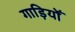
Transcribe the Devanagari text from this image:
गाड़ियोँ